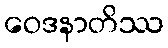
ဝေဒနာတိဿ